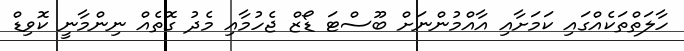
ހާލަތްތަކެއްގައި ކަމަށާއި އާއްމުންނަށް ބޫސްޓަ ޑޯޒް ޖެހުމާއި މެދު ގޮތެއް ނިންމާނީ ކޮވިޑް